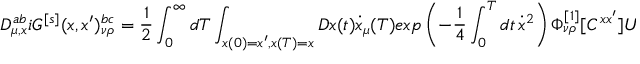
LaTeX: D _ { \mu , x } ^ { a b } i G ^ { [ s ] } ( x , x ^ { \prime } ) _ { \nu \rho } ^ { b c } = { \frac { 1 } { 2 } } \int _ { 0 } ^ { \infty } d T \int _ { x ( 0 ) = x ^ { \prime } , x ( T ) = x } D x ( t ) \dot { x } _ { \mu } ( T ) e x p \left( - { \frac { 1 } { 4 } } \int _ { 0 } ^ { T } d t \, \dot { x } ^ { 2 } \right) \Phi _ { \nu \rho } ^ { [ 1 ] } [ C ^ { x x ^ { \prime } } ] U [ C ^ { x x ^ { \prime } } ] ^ { a c }